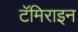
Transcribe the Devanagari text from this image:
टॅमिराइन